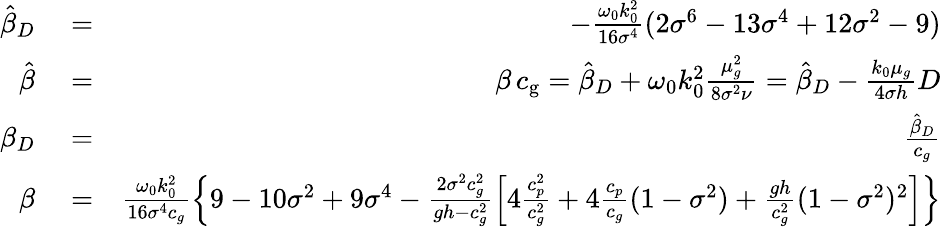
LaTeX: \begin{array}{rlr}{\hat{\beta}_{D}}&{{}=}&{-\frac{\omega_{0}k_{0}^{2}}{16\sigma^{4}}(2\sigma^{6}-13\sigma^{4}+12\sigma^{2}-9)}\\ {\hat{\beta}}&{{}=}&{\beta\, {c_{\mathrm{g}}}=\hat{\beta}_{D}+\omega_{0}k_{0}^{2}\frac{\mu_{g}^{2}}{8\sigma^{2}\nu}=\hat{\beta}_{D}-\frac{k_{0}\mu_{g}}{4\sigma h}D}\\ {\beta_{D}}&{{}=}&{\frac{\hat{\beta}_{D}}{c_{g}}}\\ {\beta}&{{}=}&{\frac{\omega_{0}k_{0}^{2}}{16\sigma^{4}c_{g}}\left\{ 9-10\sigma^{2}+9\sigma^{4}-\frac{2\sigma^{2}c_{g}^{2}}{gh-c_{g}^{2}}\left[4\frac{c_{p}^{2}}{c_{g}^{2}}+4\frac{c_{p}}{c_{g}}(1-\sigma^{2})+\frac{gh}{c_{g}^{2}}(1-\sigma^{2})^{2}\right]\right\} }\end{array}